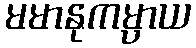
မမာနုကမ္ပာယ